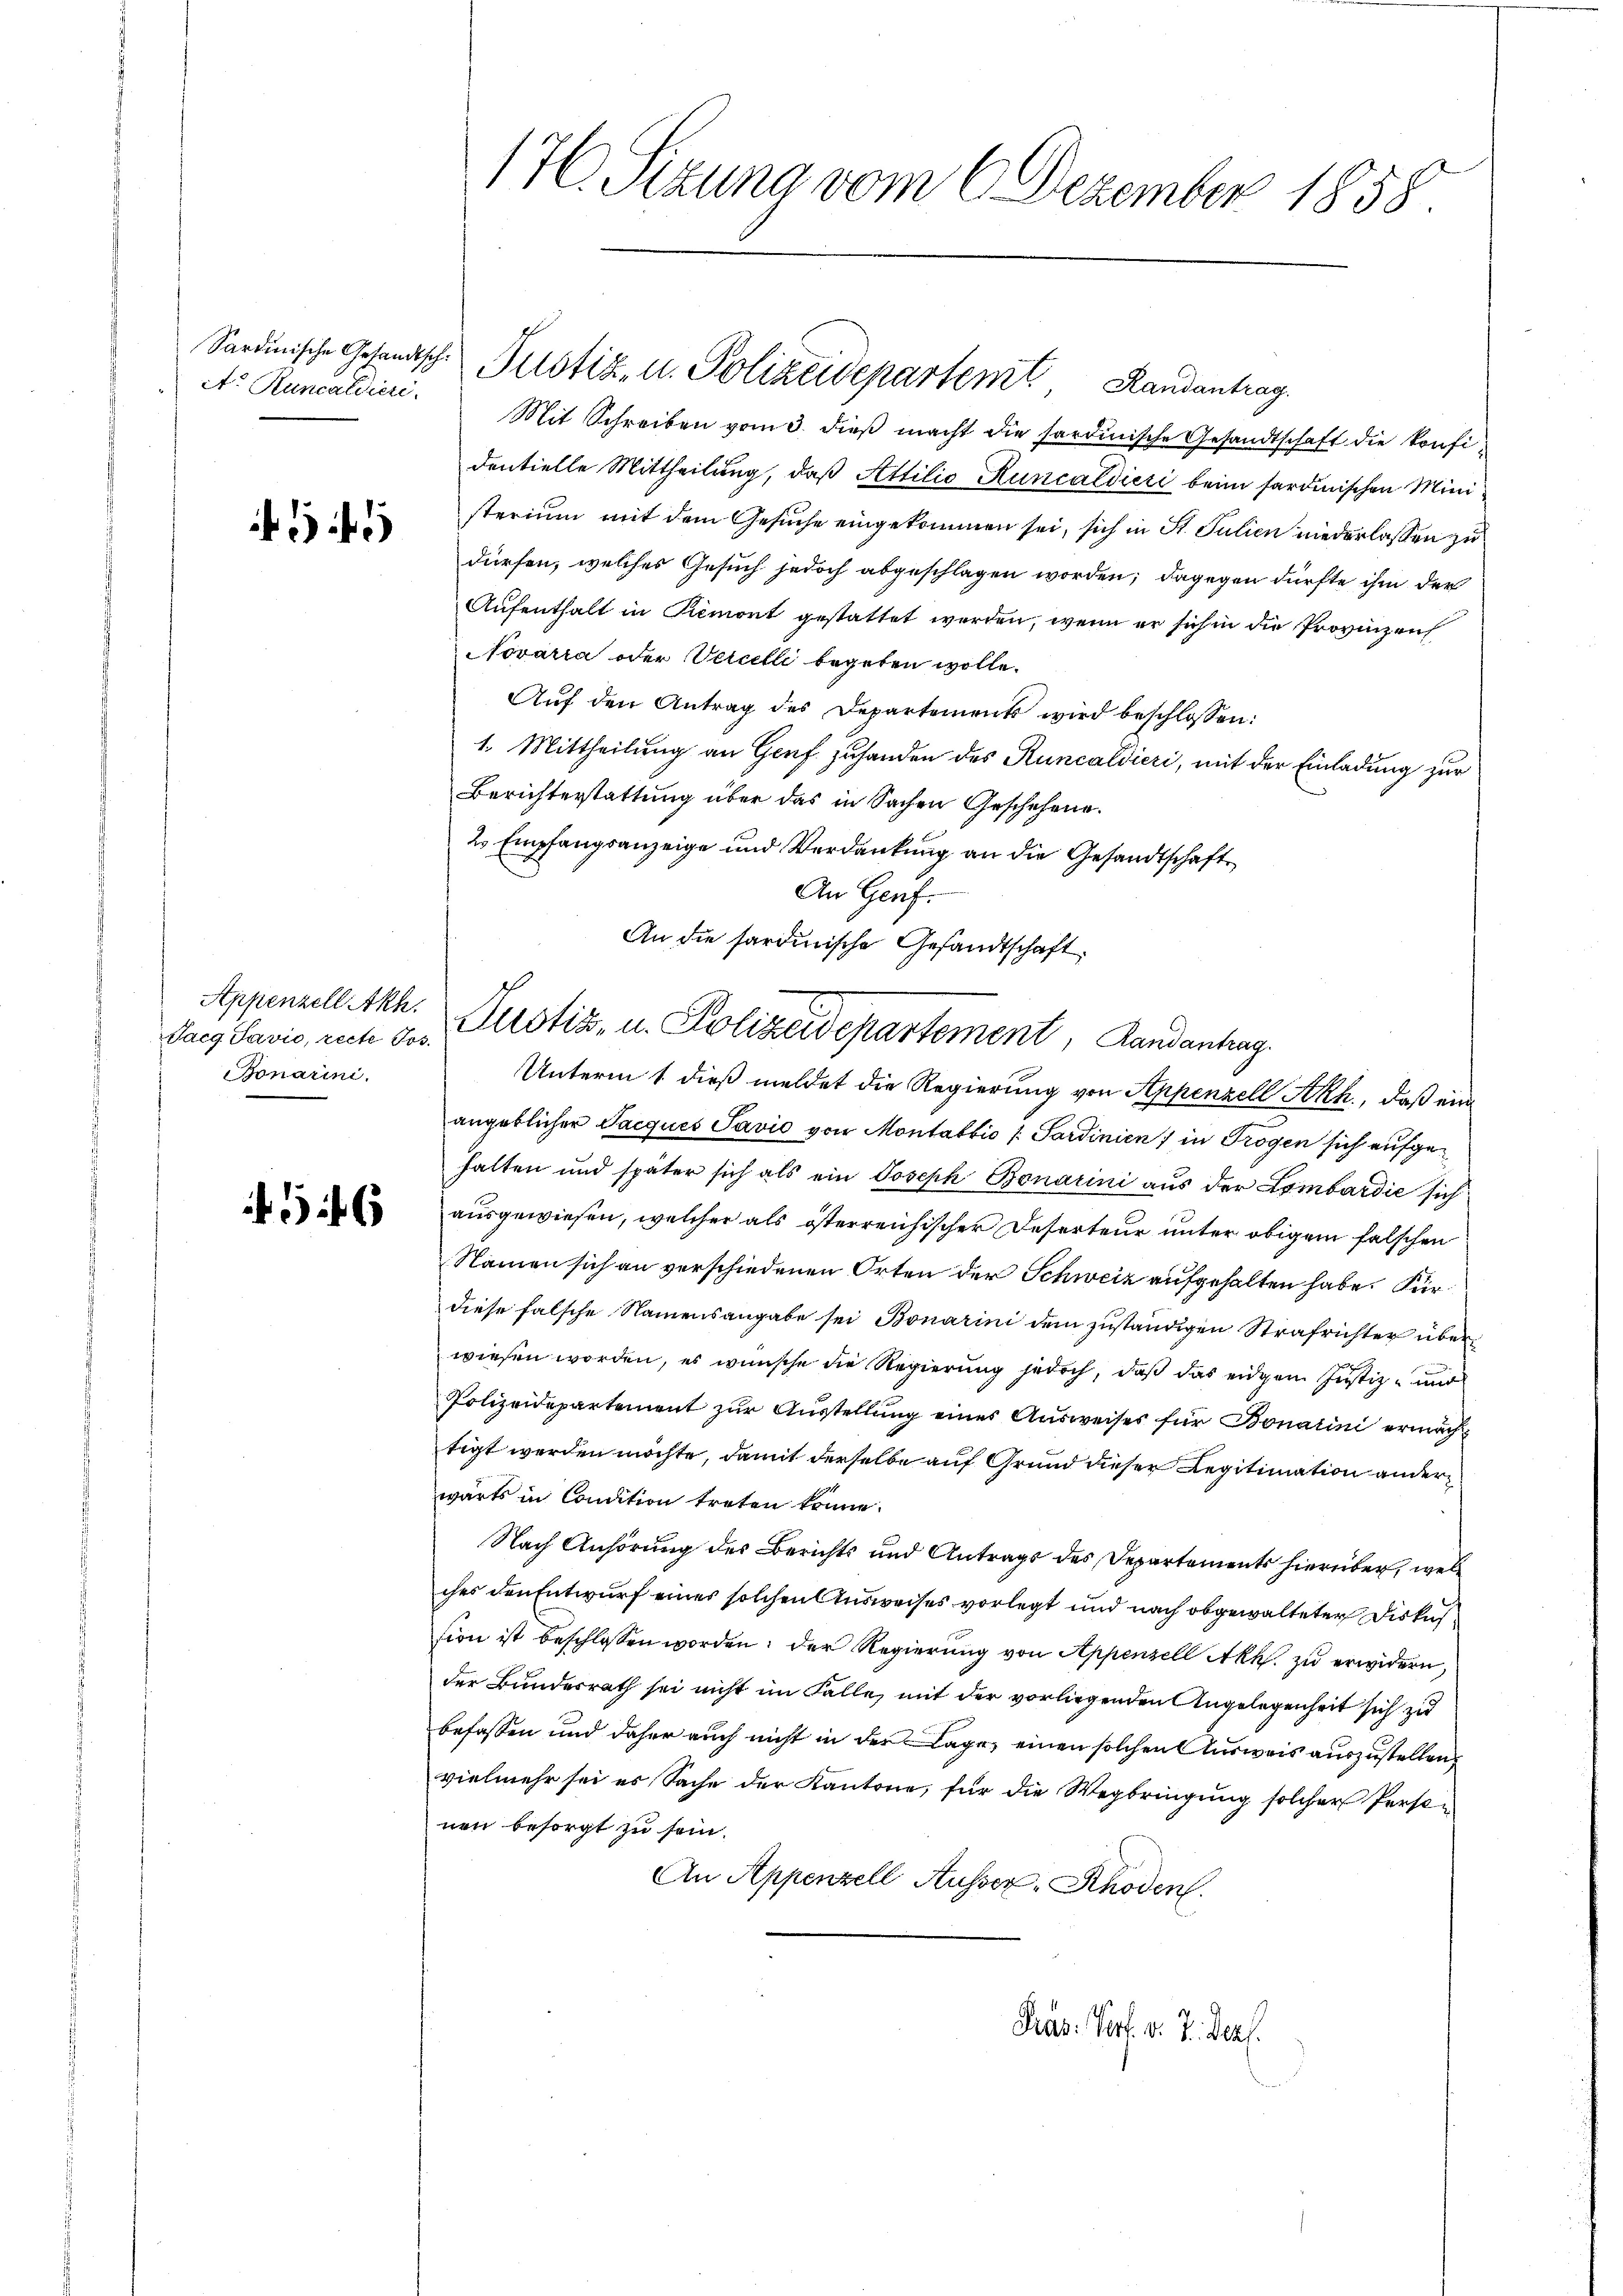
A. Runcaldiere.

5

Appenzell Akh.
Tacg Javio, recte Jos.
Bonarini.

6

17. Sizung vom 6 Dezember 1858.

Sardinische Gesandtsche Pustiz- u. Polizeidepartem Randantrag

Mit Schreiben vom 3. dieß macht die sardinische Gesandtschaft die konfi
dentielle Mittheilung, daß Attilio Runcaldieri beim sardinischen Ministerium mit dem Gesuche eingekommen sei, sich in St. Julien niederlassen zu
dürfen, welches Gesuch jedoch abgeschlagen worden; dagegen dürfte ihm der
Aufenthalt in Remort gestattet werden, wenn er sich in die Provinzen
Novarra oder Vercelli begeben wolle.
Auf den Antrag des Departements wird beschlossen:
1. Mittheilung an Genf zuhanden des Runcaldieri, mit der Einladung zur
Berichterstattung über das in Sachen Geschehene
2 Empfangsanzeige und Verdankung an die Gesandtschaft
An Genf.
angeblicher Jacques Savić von Montabbio /: Sardinien) in Trogen sich aufgehalten und später sich als ein Joseph Bonarini aus der Lombardić sich
ausgewiesen, welcher als österreichischer Deserteur unter obigem falschen
Namen sich an verschiedenen Orten der Schweiz aufgehalten habe. Für
diese falsche Namensangabe sei Bonarini dem zuständigen Strafrichter über
wiesen worden, es wünsche die Regierung jedoch, daß das eidgen Justiz- und
Polizeidepartement zur Ausstellung eines Ausweises für Bonatini ermächt
tigt werden möchte, damit derselbe auf Grund dieser Legitimation anderwärts in Condition treten könne.
Nach Anhörung des Berichts und Antrags des Departements hierüber, wel
ches den Entwurf einer solchen Ausweises vorlegt und nach obgewalteter Diskus
sion ist beschlossen worden; der Regierung von Appenzell Akh. zu erwidern,
der Bundesrath sei nicht im Falle, mit der vorliegenden Angelegenheit sich zu
befassen und daher auch nicht in der Lage, einen solchen Ausweis auszustellen,
vielmehr sei es Sache der Kantone, für die Wegbringung solcher Personen besorgt zu sein.
An Appenzell Ausser Schoden.

An die sardinische Gesandtschaft
Justiz, u. Polizeidepartement, Landantrag.
Unterm 1. dieß meldet die Regierung von Appenzell Akk., daß ein¬

Präs. Vort. d. 7. ders.